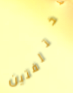
مختلفتين